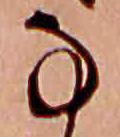
な